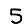
Digit: 5